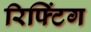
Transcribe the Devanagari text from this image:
रिफ्टिंग